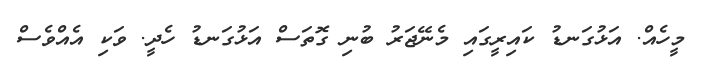
މީހެއް. އަޅުގަނޑު ކައިރީގައި މެނޭޖަރު ބުނި ގޮތަސް އަޅުގަނޑު ހެދީ. ވަކި އެއްވެސް